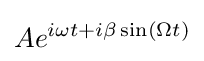
Ae^{i\omega t+i\beta \sin(\Omega t)}